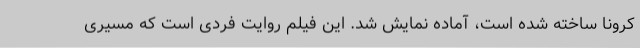
کرونا ساخته شده است، آماده نمایش شد. این فیلم روایت فردی است که مسیری